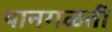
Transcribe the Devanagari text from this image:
पानगळती